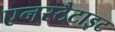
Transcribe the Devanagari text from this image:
एनस्टैटाइट